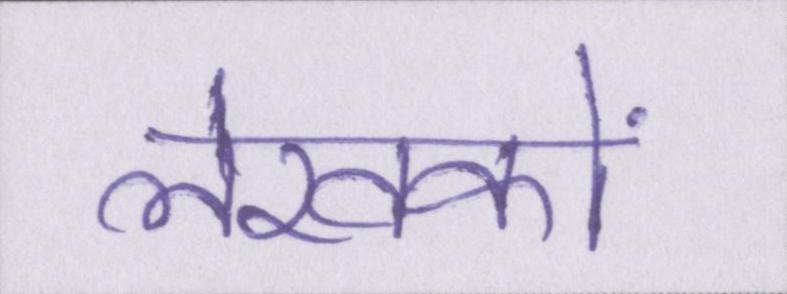
लेखकों